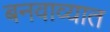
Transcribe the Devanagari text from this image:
बनवाव्यात